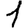
Digit: 1